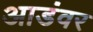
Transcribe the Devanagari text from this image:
आडंवर